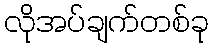
လိုအပ်ချက်တစ်ခု